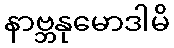
နာဗ္ဘနုမောဒါမိ